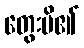
တွေးမိ၏